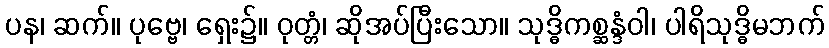
ပန၊ ဆက်။ ပုဗ္ဗေ၊ ရှေး၌။ ဝုတ္တံ၊ ဆိုအပ်ပြီးသော။ သုဒ္ဓိကစ္ဆန္ဒံဝါ၊ ပါရိသုဒ္ဓိမဘက်